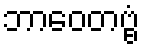
ဘာဝေတဗ္ဗံ